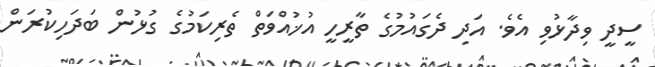
ސީދީ ވިދާޅުވި އެވެ. އަދި ދެގައުމުގެ ތާރީހީ އުޚުއްވަތް ތެރިކަމުގެ ގުޅުން ބަދަހިކުރަން